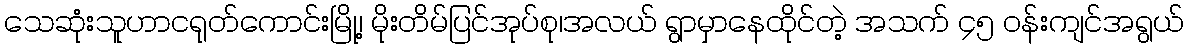
သေဆုံးသူဟာငရုတ်ကောင်းမြို့၊ မိုးတိမ်ပြင်အုပ်စု၊အလယ် ရွာမှာနေထိုင်တဲ့ အသက် ၄၅ ဝန်းကျင်အရွယ်